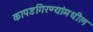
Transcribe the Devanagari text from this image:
कापडगिरण्यांमधील